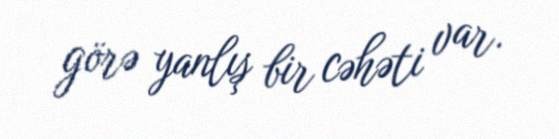
görə yanlış bir cəhəti var.